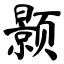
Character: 颢